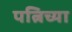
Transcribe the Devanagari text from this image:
पत्निच्या